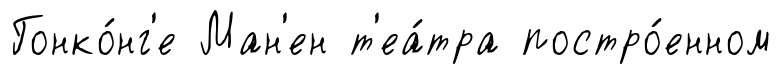
Гонко́нг'е Ман'ен т'еа́тра постро́енном